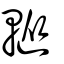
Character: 䡮